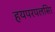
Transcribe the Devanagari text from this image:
हयपरपलसिा